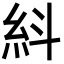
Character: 紏